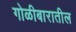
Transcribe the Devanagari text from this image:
गोळीबारातील